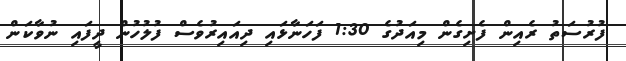
ފުރުސަތު ރެއިން ފެށިގެން މިއަދުގެ 1:30 ފަހަނާޅައި ދިއައިރުވެސް ފުލުހުން ދީފައި ނުވާކަން